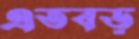
এতবড়